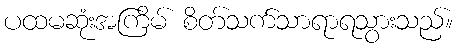
ပထမဆုံးအကြိမ် စိတ်သက်သာရာရသွားသည်။